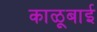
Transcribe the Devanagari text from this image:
काळूबाई